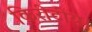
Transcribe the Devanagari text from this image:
किरीटीय।